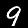
Digit: 9